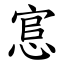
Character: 悹